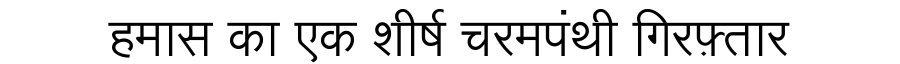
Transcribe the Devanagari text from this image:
हमास का एक शीर्ष चरमपंथी गिरफ़्तार